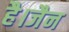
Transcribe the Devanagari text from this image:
है।जैन